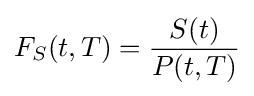
F_{S}(t,T)={\frac {S(t)}{P(t,T)}}